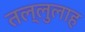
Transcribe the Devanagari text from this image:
तल्लुलाह